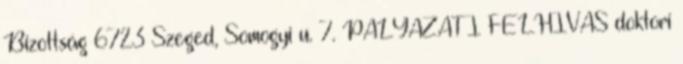
Bizottság 6723 Szeged, Somogyi u. 7. PÁLYÁZATI FELHÍVÁS doktori